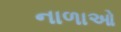
નાળાઓ